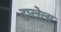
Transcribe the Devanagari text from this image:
दुप्लेला